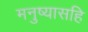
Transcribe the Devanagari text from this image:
मनुष्यासहि